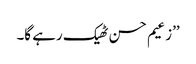
’’زعیم حسن ٹھیک رہے گا۔